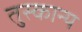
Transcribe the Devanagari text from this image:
तुस्कान्य